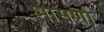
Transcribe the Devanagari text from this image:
भासणो